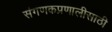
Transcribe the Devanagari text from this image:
संगणकप्रणालीसाठी